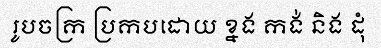
រូបចក្រ ប្រកបដោយ ខ្នង កង់ និង ដុំ